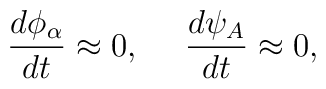
{d{\phi_\alpha} \over dt}\approx0, \ \ \ \ {d{\psi_A} \over dt}\approx0,